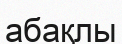
абақлы